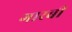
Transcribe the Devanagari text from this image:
गारबी